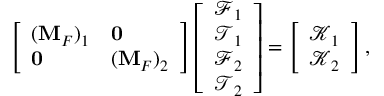
\left[ \begin{array} { l l } { ( \mathbf { M } _ { F } ) _ { 1 } } & { \mathbf { 0 } } \\ { \mathbf { 0 } } & { ( \mathbf { M } _ { F } ) _ { 2 } } \end{array} \right] \left[ \begin{array} { l } { \boldsymbol { \mathcal { F } } _ { 1 } } \\ { \boldsymbol { \mathcal { T } } _ { 1 } } \\ { \boldsymbol { \mathcal { F } } _ { 2 } } \\ { \boldsymbol { \mathcal { T } } _ { 2 } } \end{array} \right] = \left[ \begin{array} { l } { \boldsymbol { \mathcal { K } } _ { 1 } } \\ { \boldsymbol { \mathcal { K } } _ { 2 } } \end{array} \right] ,